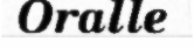
Oralle